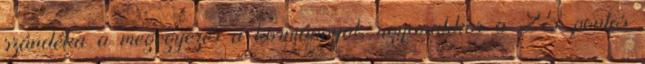
szándéka a megegyezés a kormánnyal, ugyanakkor a 25 pontos